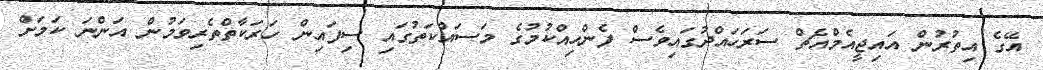
އޭގެ އިތުރުން އައިޖީއެމްއެޗް ސަރަހައްދުގައިވެސް ފެންހިއްކުމުގެ މަސައްކަތުގައި ސިފައިން ހަރަކާތްތެރިވަމުން އަންނަ ކަމަށް